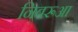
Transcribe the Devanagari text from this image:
निबरूआ